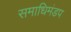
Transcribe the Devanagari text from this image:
समाधिमंडप